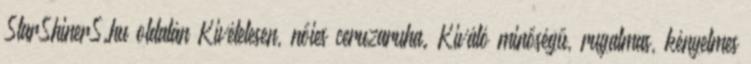
StarShinerS.hu oldalán Kivételesen, nőies ceruzaruha. Kiváló minőségű, rugalmas, kényelmes